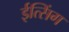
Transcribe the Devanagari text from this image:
ईत्सिंग